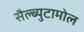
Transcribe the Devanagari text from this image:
सैल्ब्युटामोल